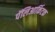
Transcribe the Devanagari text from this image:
पॅलिआर्किटक